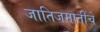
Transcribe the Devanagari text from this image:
जातिजमातींचे